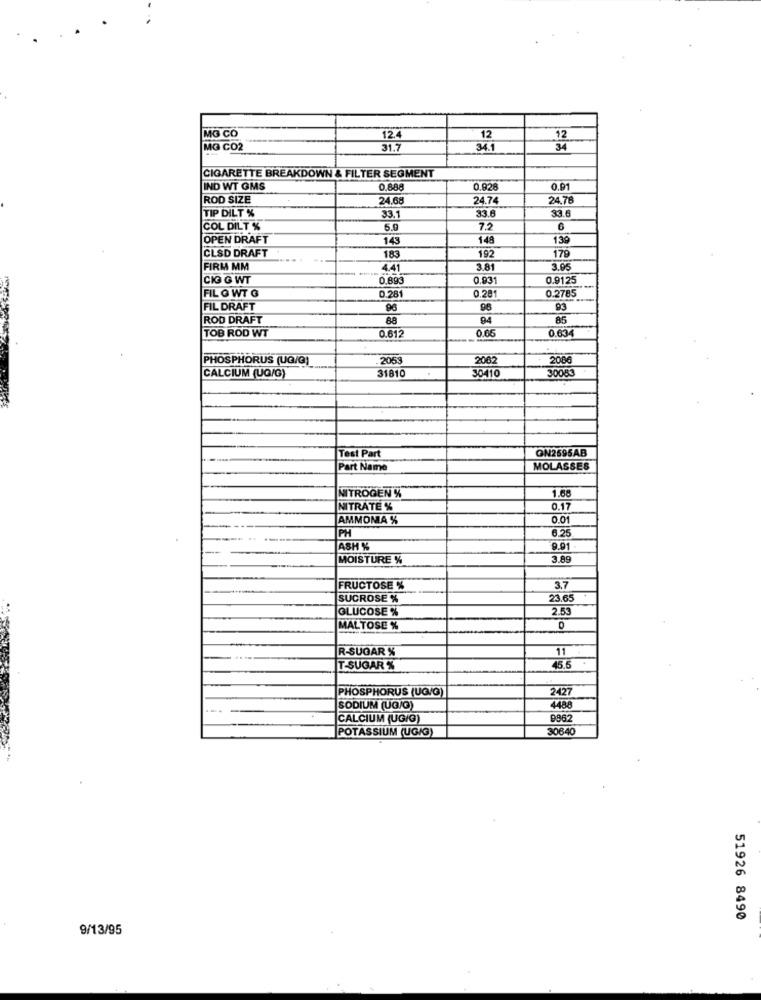
MG CO
12.4
12
12
MO CO2
31.7
341
34
CIGARETTE BREAKDOWN & FILTER SEGMENT
IND WT GMS
0.888
0.92
0.91
ROD SIZE
24.68
24.74
24.78
TIP DILT %
33.6
33.6
33.1
COL DILT %
5.0
7.2
6
OPEN DRAFT
143
148
139
183
192
179
CLSD DRAFT
-.
FIRM MM
4.41
3.81
3.95
CIG G WT
0,893
0.931
0.9125
FIL G WT G
0.28
0.2785
0.281
FIL DRAFT
96
96
93
ROD DRAFT
88
85
TOB ROD WT
0.61.
0.05
0.634
PHOSPHORUS (UG/G)
2063
2082
2006
31810
30083
CALCIUM (UG/G)
30410
ON2695AB
Test Part
Part Name
MOLASSES
NITROGEN %
1.68
NITRATE %
0.17
AMMOMA %
0.01
PH
6.25
ASH %
9.91
MOISTURE %
3.89
FRUCTOSE %
3.7
SUCROSE %
23.65
GLUCOSE %
2.53
MALTOSE %
R-SUGAR X
1
T-SUGAR %
45.5
PHOSPHORUS (UG/G)
2427
SODIUM (UG/O)
4488
CALCIUM (UG/G)
9962
POTASSIUM (UG/G)
30640
51926 8490
9/13/95